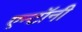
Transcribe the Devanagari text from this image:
एन्टॉनी